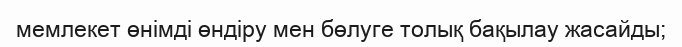
мемлекет өнімді өндіру мен бөлуге толық бақылау жасайды;